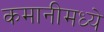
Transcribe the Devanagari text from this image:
कमानीमध्ये